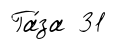
Га́за 31